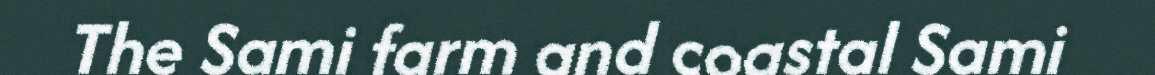
The Sami farm and coastal Sami